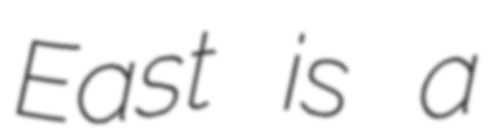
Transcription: East is a